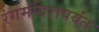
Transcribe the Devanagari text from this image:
रंगमंदिरापर्यंत